Report on sanitation, dispensaries, and jails in Rajputana for 1912, and on vaccination for the year 1912-1913 - 1912-1913
Year: 1912
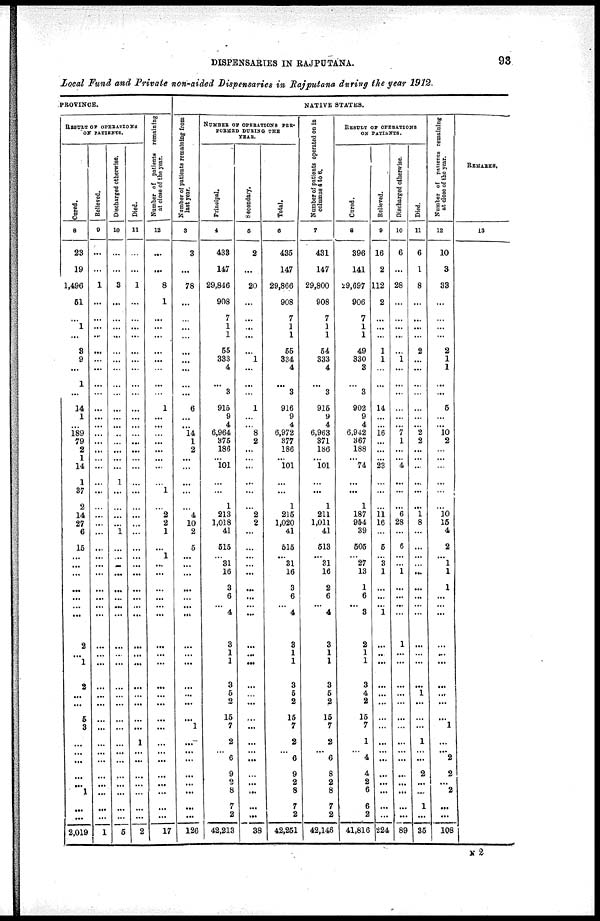
DISPENSARIES IN RAJPUTANA.
93
Local Fund and Private non-aided Dispensaries in Rajputana during the year 1912.
PROVINCE,
RESULT OF OPERATIONS
ON PATIENTS.
Cured.
8
23
19
1,496
51
...
1
...
3
9
...
1
...
14
1
...
189
79
2
1
14
1
37
2
14
27
6
15
...
...
...
...
...
...
...
2
...
1
2
...
...
5
3
...
...
...
...
...
1
...
...
2,019
Relieved.
9
...
...
1
...
...
...
...
...
...
...
...
...
...
...
...
...
...
...
...
...
...
...
...
...
...
...
...
...
...
...
...
...
...
...
...
...
...
...
...
...
...
...
...
...
...
...
...
...
...
...
1
Discharged otherwise.
10
...
...
3
...
...
...
...
...
...
...
...
...
...
...
...
...
...
...
...
...
1
...
...
...
...
1
...
...
...
...
...
...
...
...
...
...
...
...
...
...
...
...
...
...
...
...
...
...
...
...
5
Died.
11
...
...
1
...
...
...
...
...
...
...
...
...
...
...
...
...
...
...
...
...
...
...
...
...
...
...
...
...
...
...
...
...
...
...
...
...
...
...
...
...
...
...
1
...
...
...
...
...
...
...
2
Number of patients remaining
at close of the year.
12
...
...
8
1
...
...
...
...
...
...
...
...
1
...
...
...
...
...
...
...
...
1
...
2
2
1
...
1
...
...
...
...
...
...
...
...
...
...
...
...
...
...
...
...
...
...
...
...
...
...
17
NATIVE STATES.
Number of patients remaining from
last year.
3
3
...
78
...
...
...
...
...
...
...
...
...
6
...
...
14
1
2
...
...
...
...
...
4
10
2
5
...
...
...
...
...
...
...
...
...
...
...
...
...
...
1
...
...
...
...
...
...
...
...
126
NUMBER OF OPERATIONS PER¬
FORMED DURING THE
YEAR.
Principal.
4
433
147
29,846
908
7
1
1
55
333
4
...
3
915
9
4
6,964
375
186
... 101
...
...
1
213
1,018
41
515
... 31
16
3
6
... 4
3
1
1
3
5
2
15
7
2
...
6
9
2
8
7
2
42,213
Secondary.
5
2
...
20
...
...
...
...
...
1
...
...
...
1
...
...
8
2
...
...
...
...
...
...
2
2
...
...
...
...
...
...
...
...
...
...
...
...
...
...
...
...
...
...
...
...
...
...
...
...
...
38
Total.
6
435
147
29,866
908
7
1
1
55
334
4
...
3
916
9
4
6,972
377
186
... 101
...
...
1
215
1,020
41
515
... 31
16
3
6
... 4
3
1
1
3
5
2
15
7
2
...
6
9
2
8
7
2
42,251
Number of patients operated on in
columns 4 to 6.
7
431
147
29,800
908
7
1
1
54
333
4
...
3
915
9
4
6,963
371
186
... 101
...
...
1
211
1,011
41
513
... 31
16
2
6
... 4
3
1
1
3
5
2
16
7
2
...
6
8
2
8
7
2
42,146
RESULT OF OPERATIONS
ON PATIENTS.
Cured.
8
396
141
29,697
906
7
1
1
49
330
3
...
3
902
9
4
6,942
367
188
...
74
...
...
1
187
954
39
505
...
27
13
1
6
... 3
2
1
1
3
4
2
15
7
1
...
4
4
2
6
6
2
41,816
Relieved.
9
16
2
112
2
...
...
...
1
1
...
...
...
14
...
...
16
...
...
...
23
...
...
...
11
16
...
5
...
3
1
...
...
...
1
...
...
...
...
...
...
...
...
...
...
...
...
...
...
...
...
224
Discharged otherwise.
10
6
...
28
...
...
...
...
...
1
...
...
...
...
...
...
7
1
...
... 4
...
...
...
6
28
...
6
...
...
1
...
...
...
...
1
...
...
...
...
...
...
...
...
...
...
...
...
...
...
...
89
Died.
11
6
1
8
...
...
... ...
2
...
...
...
...
...
...
...
2
2
...
...
...
...
...
...
1 8
...
...
...
...
...
...
...
...
...
...
...
...
...
1
...
...
...
1
...
...
2
...
...
1
...
35
Number of patients remaining
at close
of the year.
12
10
3
33
...
...
...
...
2
1
1
...
...
5
...
...
10
2
...
...
...
...
...
...
10 15
4
2
...
1
1
1
...
...
...
...
...
...
...
...
...
...
1
...
...
2
2
...
2
...
...
108
REMARKS.
13
N 2